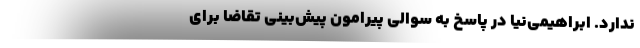
ندارد. ابراهیمی‌نیا در پاسخ به سوالی پیرامون پیش‌بینی تقاضا برای